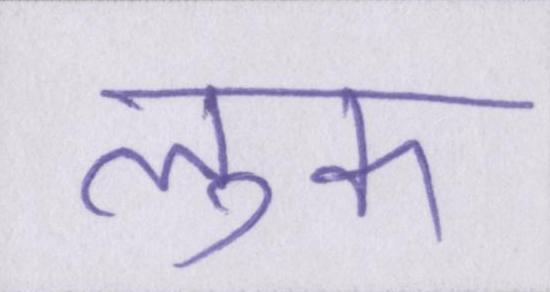
लुक